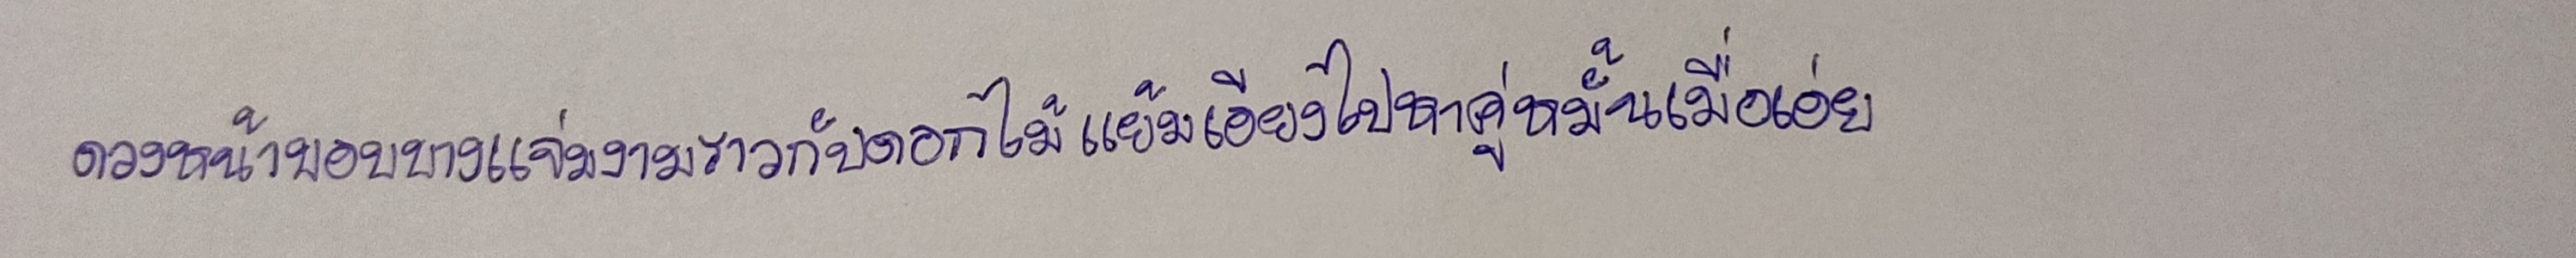
ดวงหน้าบอบบางแจ่มงามราวกับดอกไม้แย้มเอียงไปหาคู่หมั้นเมื่อเอ่ย